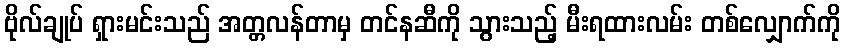
ဗိုလ်ချုပ် ရှားမင်းသည် အတ္တလန်တာမှ တင်နဆီကို သွားသည့် မီးရထားလမ်း တစ်လျှောက်ကို